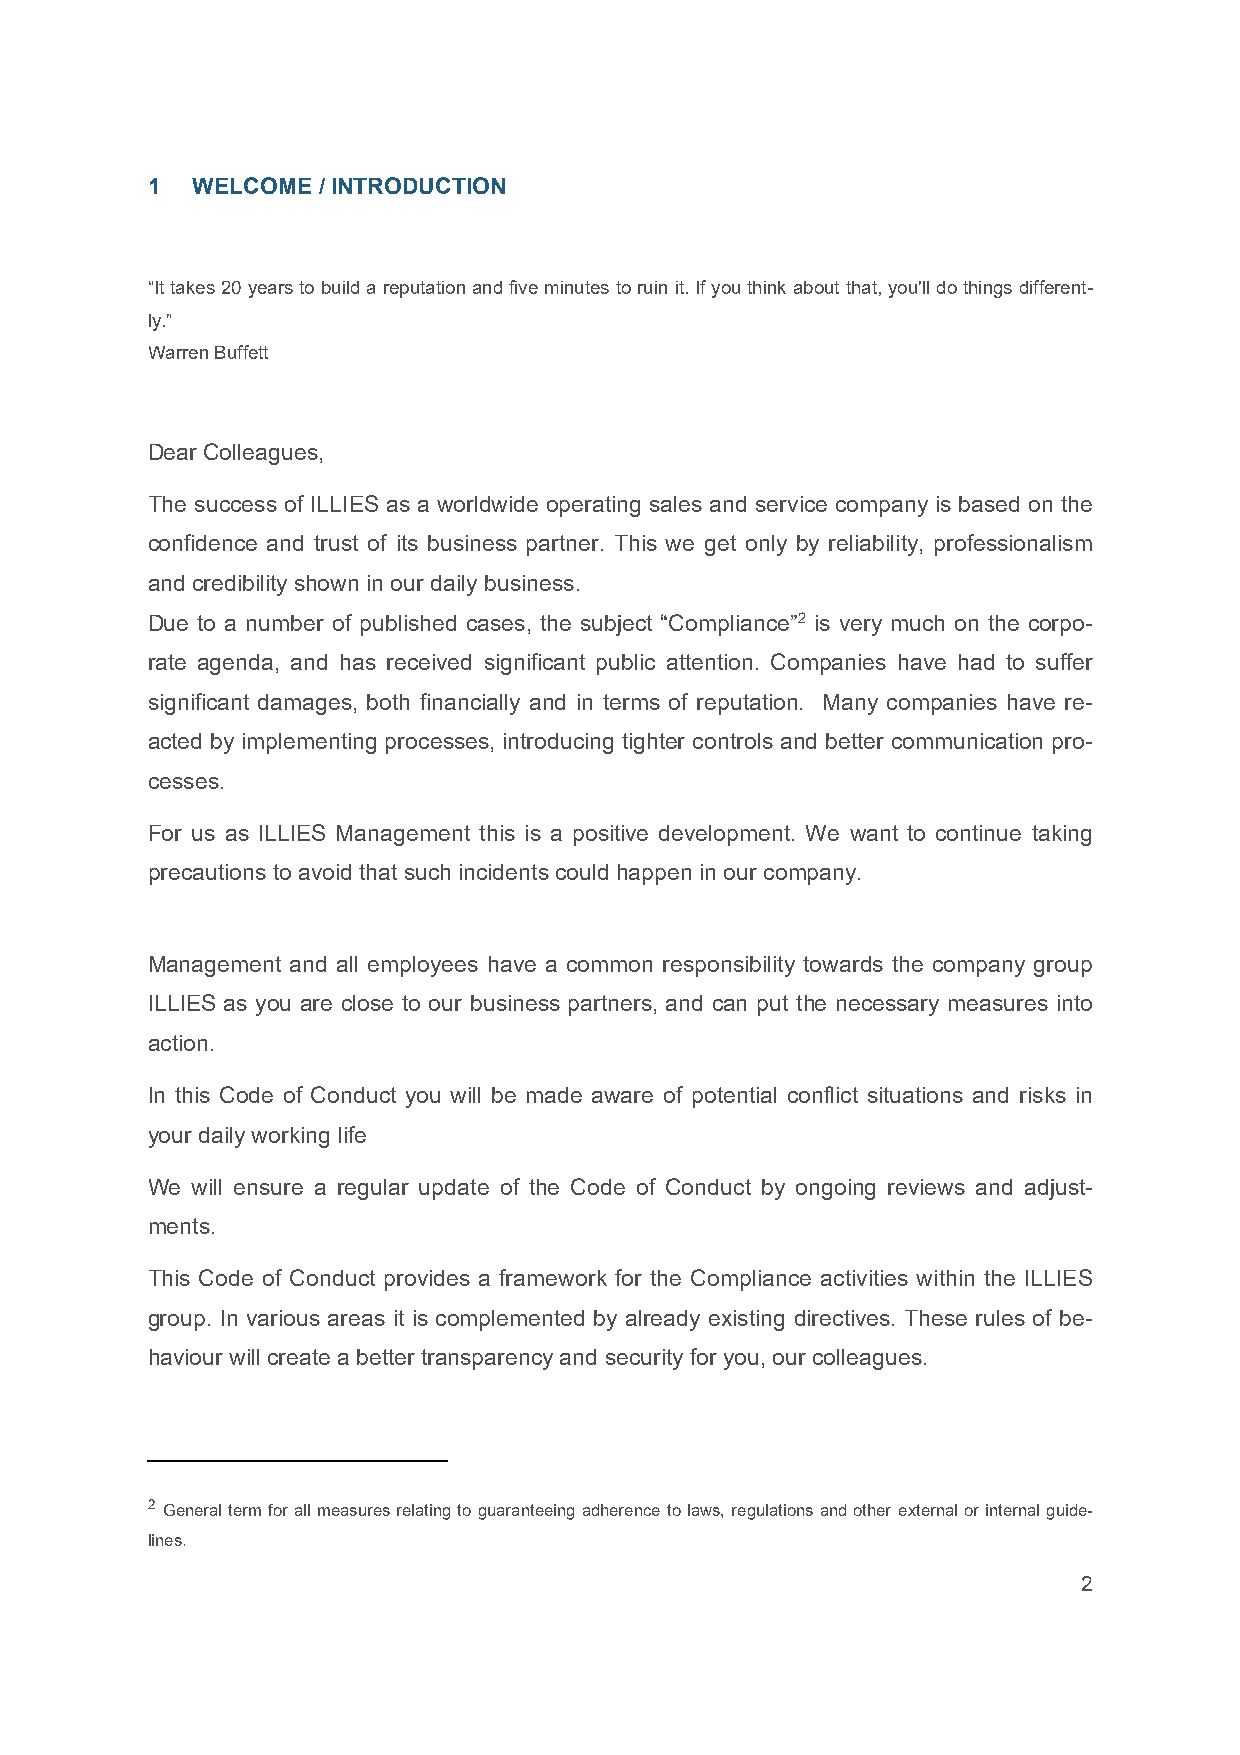
1  WELCOME / INTRODUCTION
 “It takes 20 years to build a reputation and five minutes to ruin it. If you think about that, you'll do things different-
 ly.”
 Warren Buffett
 Dear Colleagues,
 The success of ILLIES as a worldwide operating sales and service company is based on the
 confidence and trust of its business partner. This we get only by reliability, professionalism
 and credibility shown in our daily business.
 Due to a number of published cases, the subject “Compliance”2 is very much on the corpo-
 rate agenda, and has received significant public attention. Companies have had to suffer
 significant damages, both financially and in terms of reputation. Many companies have re-
 acted by implementing processes, introducing tighter controls and better communication pro-
 cesses.
 For us as ILLIES Management this is a positive development. We want to continue taking
 precautions to avoid that such incidents could happen in our company.
 Management and all employees have a common responsibility towards the company group
 ILLIES as you are close to our business partners, and can put the necessary measures into
 action.
 In this Code of Conduct you will be made aware of potential conflict situations and risks in
 your daily working life
 We will ensure a regular update of the Code of Conduct by ongoing reviews and adjust-
 ments.
 This Code of Conduct provides a framework for the Compliance activities within the ILLIES
 group. In various areas it is complemented by already existing directives. These rules of be-
 haviour will create a better transparency and security for you, our colleagues.
 2 General term for all measures relating to guaranteeing adherence to laws, regulations and other external or internal guide-
 lines.
 2